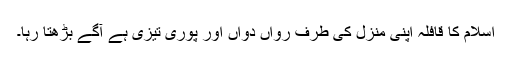
اسلام کا قافلہ اپنی منزل کی طرف رواں دواں اور پوری تیزی ہے آگے بڑھتا رہا۔